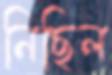
নিছিল